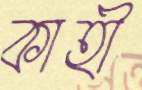
কাহী